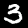
Label: 3